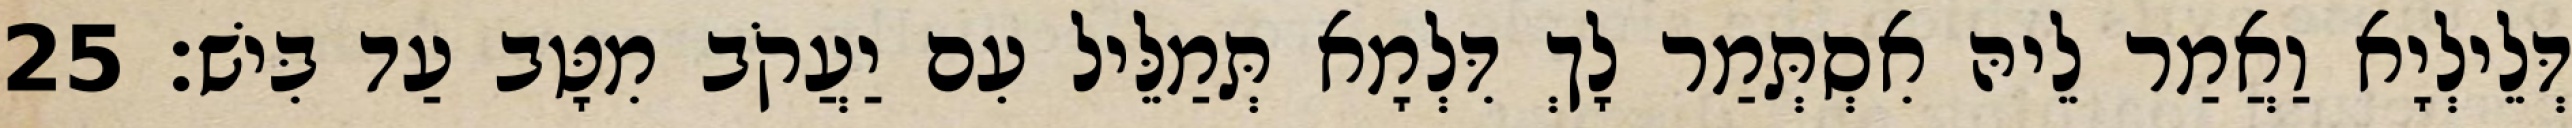
דְּלֵילְיָא וַאֲמַר לֵיהּ אִסְתְּמַר לָךְ דִּלְמָא תְּמַלֵּיל עִם יַעֲקֹב מִטָּב עַד בִּישׁ׃ 25